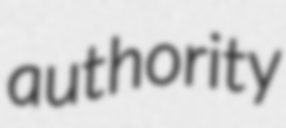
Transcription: authority